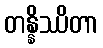
တန္နိဿိတာ